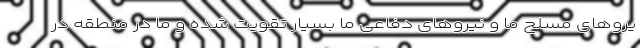
یرو‌های مسلح ما و نیروهای دفاعی ما بسیار تقویت شده و ما در منطقه در